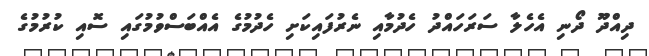
ދިއްދޫ ދޯނި އެހެލާ ސަރަހައްދު ހެދުމާއި ނެރުފައިކަށި ހެދުމުގެ އެއްބަސްވުމުގައި ސޮއި ކުރުމުގެ